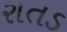
રાતડ